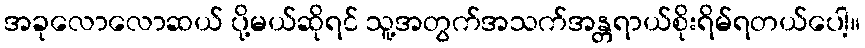
အခုလောလောဆယ် ပို့မယ်ဆိုရင် သူ့အတွက်အသက်အန္တရာယ်စိုးရိမ်ရတယ်ပေါ့။